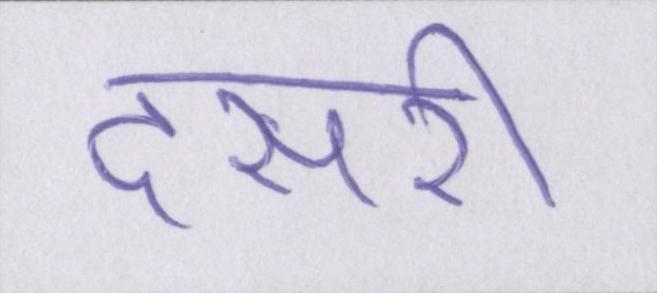
दसरी